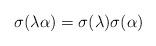
LaTeX: \begin{align*}\sigma(\lambda\alpha)=\sigma(\lambda)\sigma(\alpha)\end{align*}